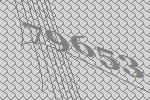
79653